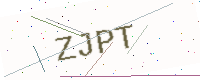
Text: ZJPT